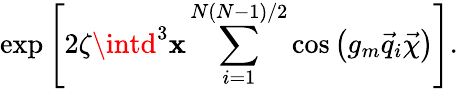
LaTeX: \exp\left[2\zeta\intd^{3}\mathbf{x}\sum_{i=1}^{N(N-1)/2}\cos\left(g_{m}\vec{{q}}_{i}\vec{{\chi}}\right)\right].